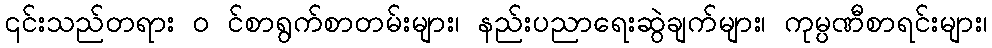
၎င်းသည်တရား ၀ င်စာရွက်စာတမ်းများ၊ နည်းပညာရေးဆွဲချက်များ၊ ကုမ္ပဏီစာရင်းများ၊